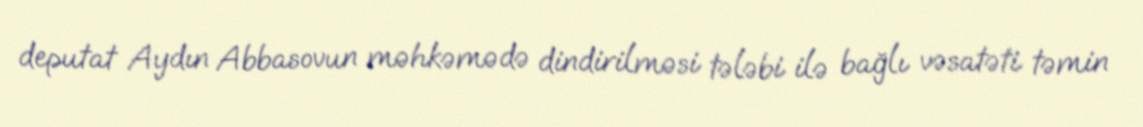
deputat Aydın Abbasovun məhkəmədə dindirilməsi tələbi ilə bağlı vəsatəti təmin